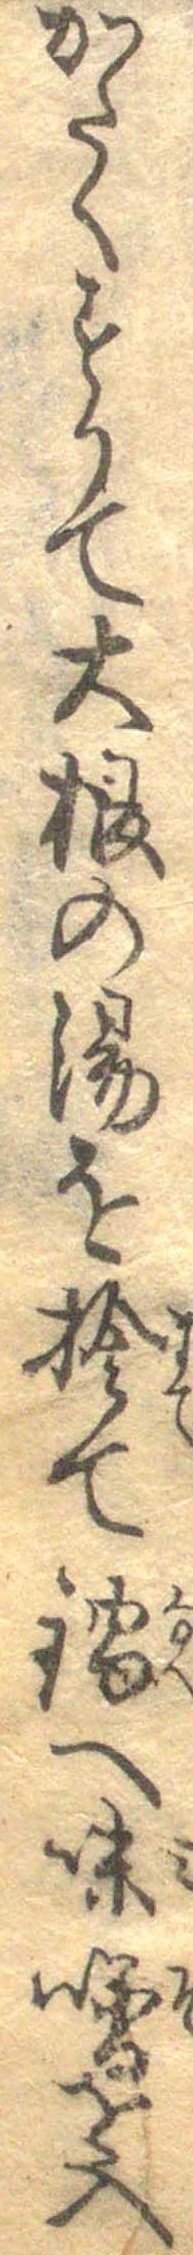
かたくすりて大根の湯を捨て鍋へ味噌を入